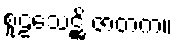
စူဠသေဋ္ဌိ ဇာတက။